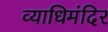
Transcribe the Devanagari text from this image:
व्याधिमंदिर